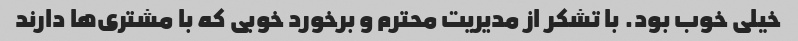
خیلی خوب بود. با تشکر از مدیریت محترم و برخورد خوبی که با مشتری‌ها دارند